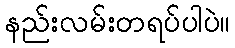
နည်းလမ်းတရပ်ပါပဲ။